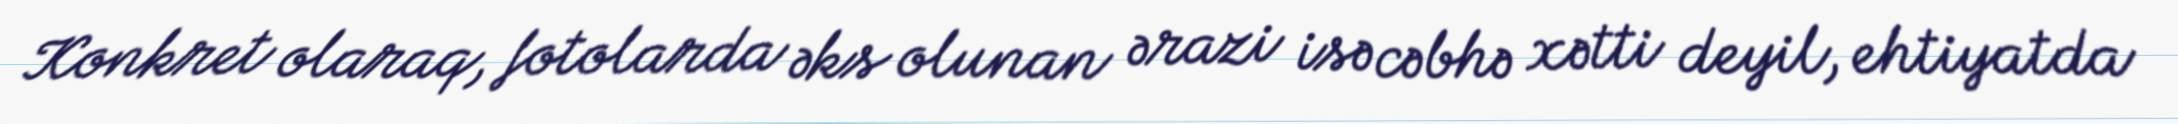
Konkret olaraq, fotolarda əks olunan ərazi isə cəbhə xətti deyil, ehtiyatda